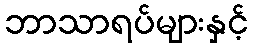
ဘာသာရပ်များနှင့်